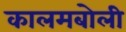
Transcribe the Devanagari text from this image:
कालमबोली